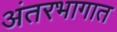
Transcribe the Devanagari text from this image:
अंतरभागात